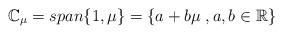
LaTeX: \begin{align*}\mathbb{C}_\mu = span\{1,\mu\} = \{a+b\mu \; , a,b \in \mathbb{R} \}\end{align*}